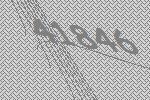
41846